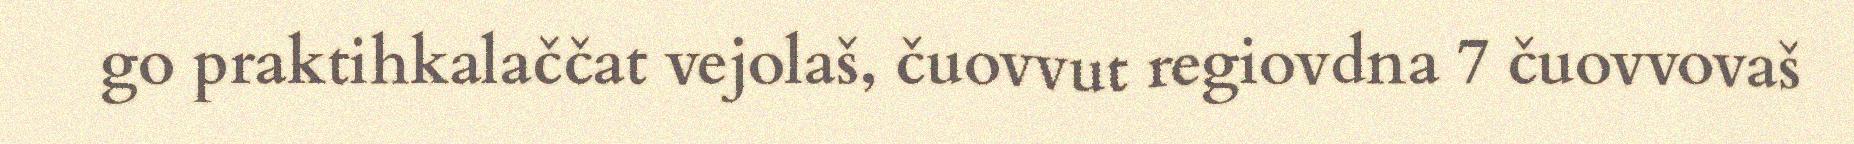
go praktihkalaččat vejolaš, čuovvut regiovdna 7 čuovvovaš